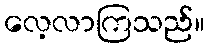
လေ့လာကြသည်။